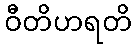
ဝီတိဟရတိ